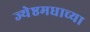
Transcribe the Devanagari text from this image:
ज्येष्ठमधाच्या